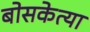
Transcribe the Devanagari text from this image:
बोसकेत्या